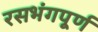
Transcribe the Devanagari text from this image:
रसभंगपूर्ण